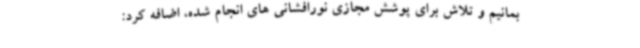
بمانیم و تلاش برای پوشش مجازی نورافشانی های انجام شده، اضافه کرد: